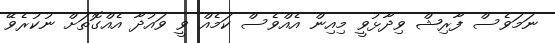
ނަމަވެސް ފާރިޝް ވިދާޅުވީ މިއިން އެއްވެސް ކަމެއް ވީ ވައުދާ އެއްގޮތަށް ނުކުރެވޭ